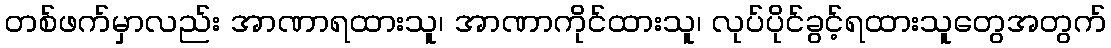
တစ်ဖက်မှာလည်း အာဏာရထားသူ၊ အာဏာကိုင်ထားသူ၊ လုပ်ပိုင်ခွင့်ရထားသူတွေအတွက်